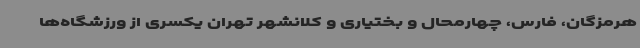
هرمزگان، ‌فارس، چهارمحال و بختیاری و کلانشهر تهران یکسری از ورزشگاه‌ها